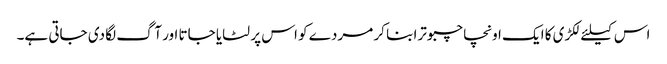
اس کیلئے لکڑی کا ایک اونچا چبوترا بنا کر مردے کو اس پر لٹایا جاتا اور آگ لگا دی جاتی ہے۔